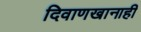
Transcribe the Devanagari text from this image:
दिवाणखानाही